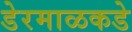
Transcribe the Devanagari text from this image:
डेरमाळकडे